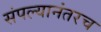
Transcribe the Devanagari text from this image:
संपल्यानंतरच